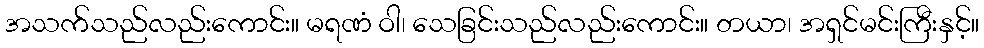
အသက်သည်လည်းကောင်း။ မရဏံ ဝါ၊ သေခြင်းသည်လည်းကောင်း။ တယာ၊ အရှင်မင်းကြီးနှင့်။